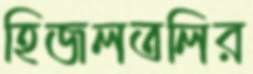
হিজলতলির